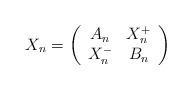
LaTeX: \begin{align*}X_n=\left(\begin{array}{cc} A_n&X_n^+\\X_n^-&B_n\end{array}\right)\end{align*}